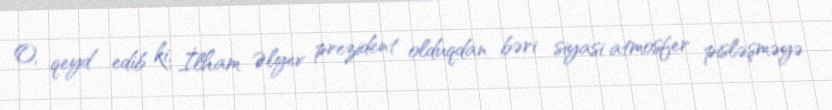
O, qeyd edib ki, İlham Əlyev prezident olduqdan bəri siyasi atmosfer pisləşməyə